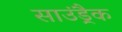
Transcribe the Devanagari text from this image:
साउंड़्रैक